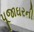
પૂજાઘરની